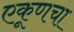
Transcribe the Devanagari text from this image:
एकूणचा